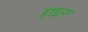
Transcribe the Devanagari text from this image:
हाइनर